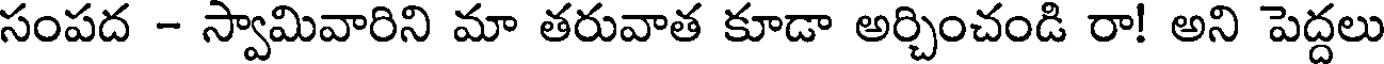
సంపద - స్వామివారిని మా తరువాత కూడా అర్చించండి రా! అని పెద్దలు